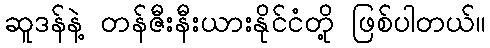
ဆူဒန်နဲ့ တန်ဇီးနီးယားနိုင်ငံတို့ ဖြစ်ပါတယ်။